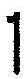
1